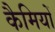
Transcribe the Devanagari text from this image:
कैमियों